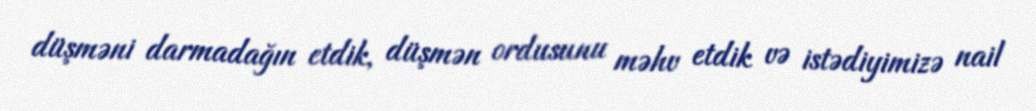
düşməni darmadağın etdik, düşmən ordusunu məhv etdik və istədiyimizə nail